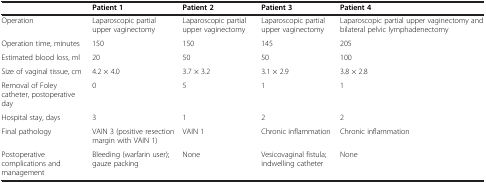
<table><thead><tr><td><b> </b></td><td><b>Patient 1</b></td><td><b>Patient 2</b></td><td><b>Patient 3</b></td><td><b>Patient 4</b></td></tr></thead><tbody><tr><td>Operation</td><td>Laparoscopic partial upper vaginectomy</td><td>Laparoscopic partial upper vaginectomy</td><td>Laparoscopic partial upper vaginectomy</td><td>Laparoscopic partial upper vaginectomy and bilateral pelvic lymphadenectomy</td></tr><tr><td>Operation time, minutes</td><td>150</td><td>150</td><td>145</td><td>205</td></tr><tr><td>Estimated blood loss, ml</td><td>20</td><td>50</td><td>50</td><td>100</td></tr><tr><td>Size of vaginal tissue, cm</td><td>4.2 × 4.0</td><td>3.7 × 3.2</td><td>3.1 × 2.9</td><td>3.8 × 2.8</td></tr><tr><td>Removal of Foley catheter, postoperative day</td><td>0</td><td>5</td><td>1</td><td>1</td></tr><tr><td>Hospital stay, days</td><td>3</td><td>1</td><td>2</td><td>2</td></tr><tr><td>Final pathology</td><td>VAIN 3 (positive resection margin with VAIN 1)</td><td>VAIN 1</td><td>Chronic inflammation</td><td>Chronic inflammation</td></tr><tr><td>Postoperative complications and management</td><td>Bleeding (warfarin user); gauze packing</td><td>None</td><td>Vesicovaginal fistula; indwelling catheter</td><td>None</td></tr></tbody></table>